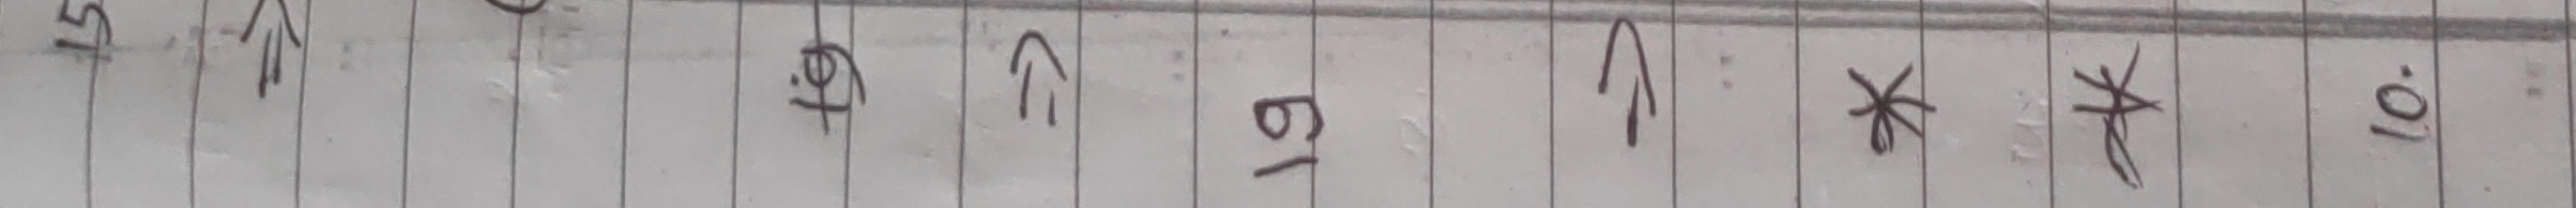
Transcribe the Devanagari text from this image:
15 ↑ २ 19 ↑ * * 10.